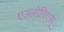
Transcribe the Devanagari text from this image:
एउलोगिएस्